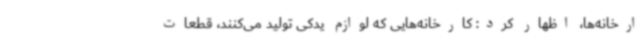
ارخانه‌ها، اظهار کرد: کارخانه‌هایی که لوازم یدکی تولید می‌کنند، قطعات